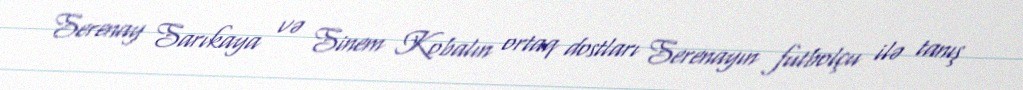
Serenay Sarıkaya və Sinem Kobalın ortaq dostları Serenayın futbolçu ilə tanış